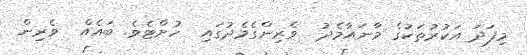
މިފަދަ އަކުރުތަކުގެ މާނައާމެދު  ވެރިންގެމެދުގައި  ހުށްޓެވެ. ބައެއް  ވެރިން